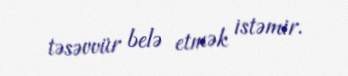
təsəvvür belə etmək istəmir.